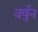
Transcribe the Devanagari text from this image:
वर्षुन